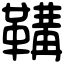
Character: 鞲